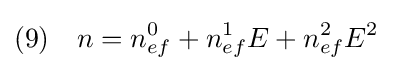
(9)\quad n=n_{ef}^{0}+n_{ef}^{1}E+n_{ef}^{2}E^{2}